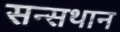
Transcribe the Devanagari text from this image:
सन्सथान